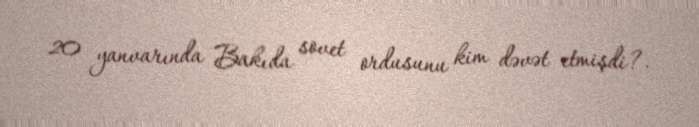
20 yanvarında Bakıda sovet ordusunu kim dəvət etmişdi?.